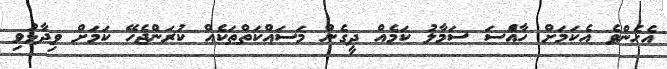
އެހެންވެ އެކަމަށް ހާއްެސަ ސަމާލު ކަމެއް ދީގެން މަސައްކަތްތަކެއް ކުރަންޖެހޭ ކަމަށް ވިދާޅުވި